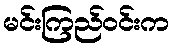
မင်းကြည်ဝင်းက